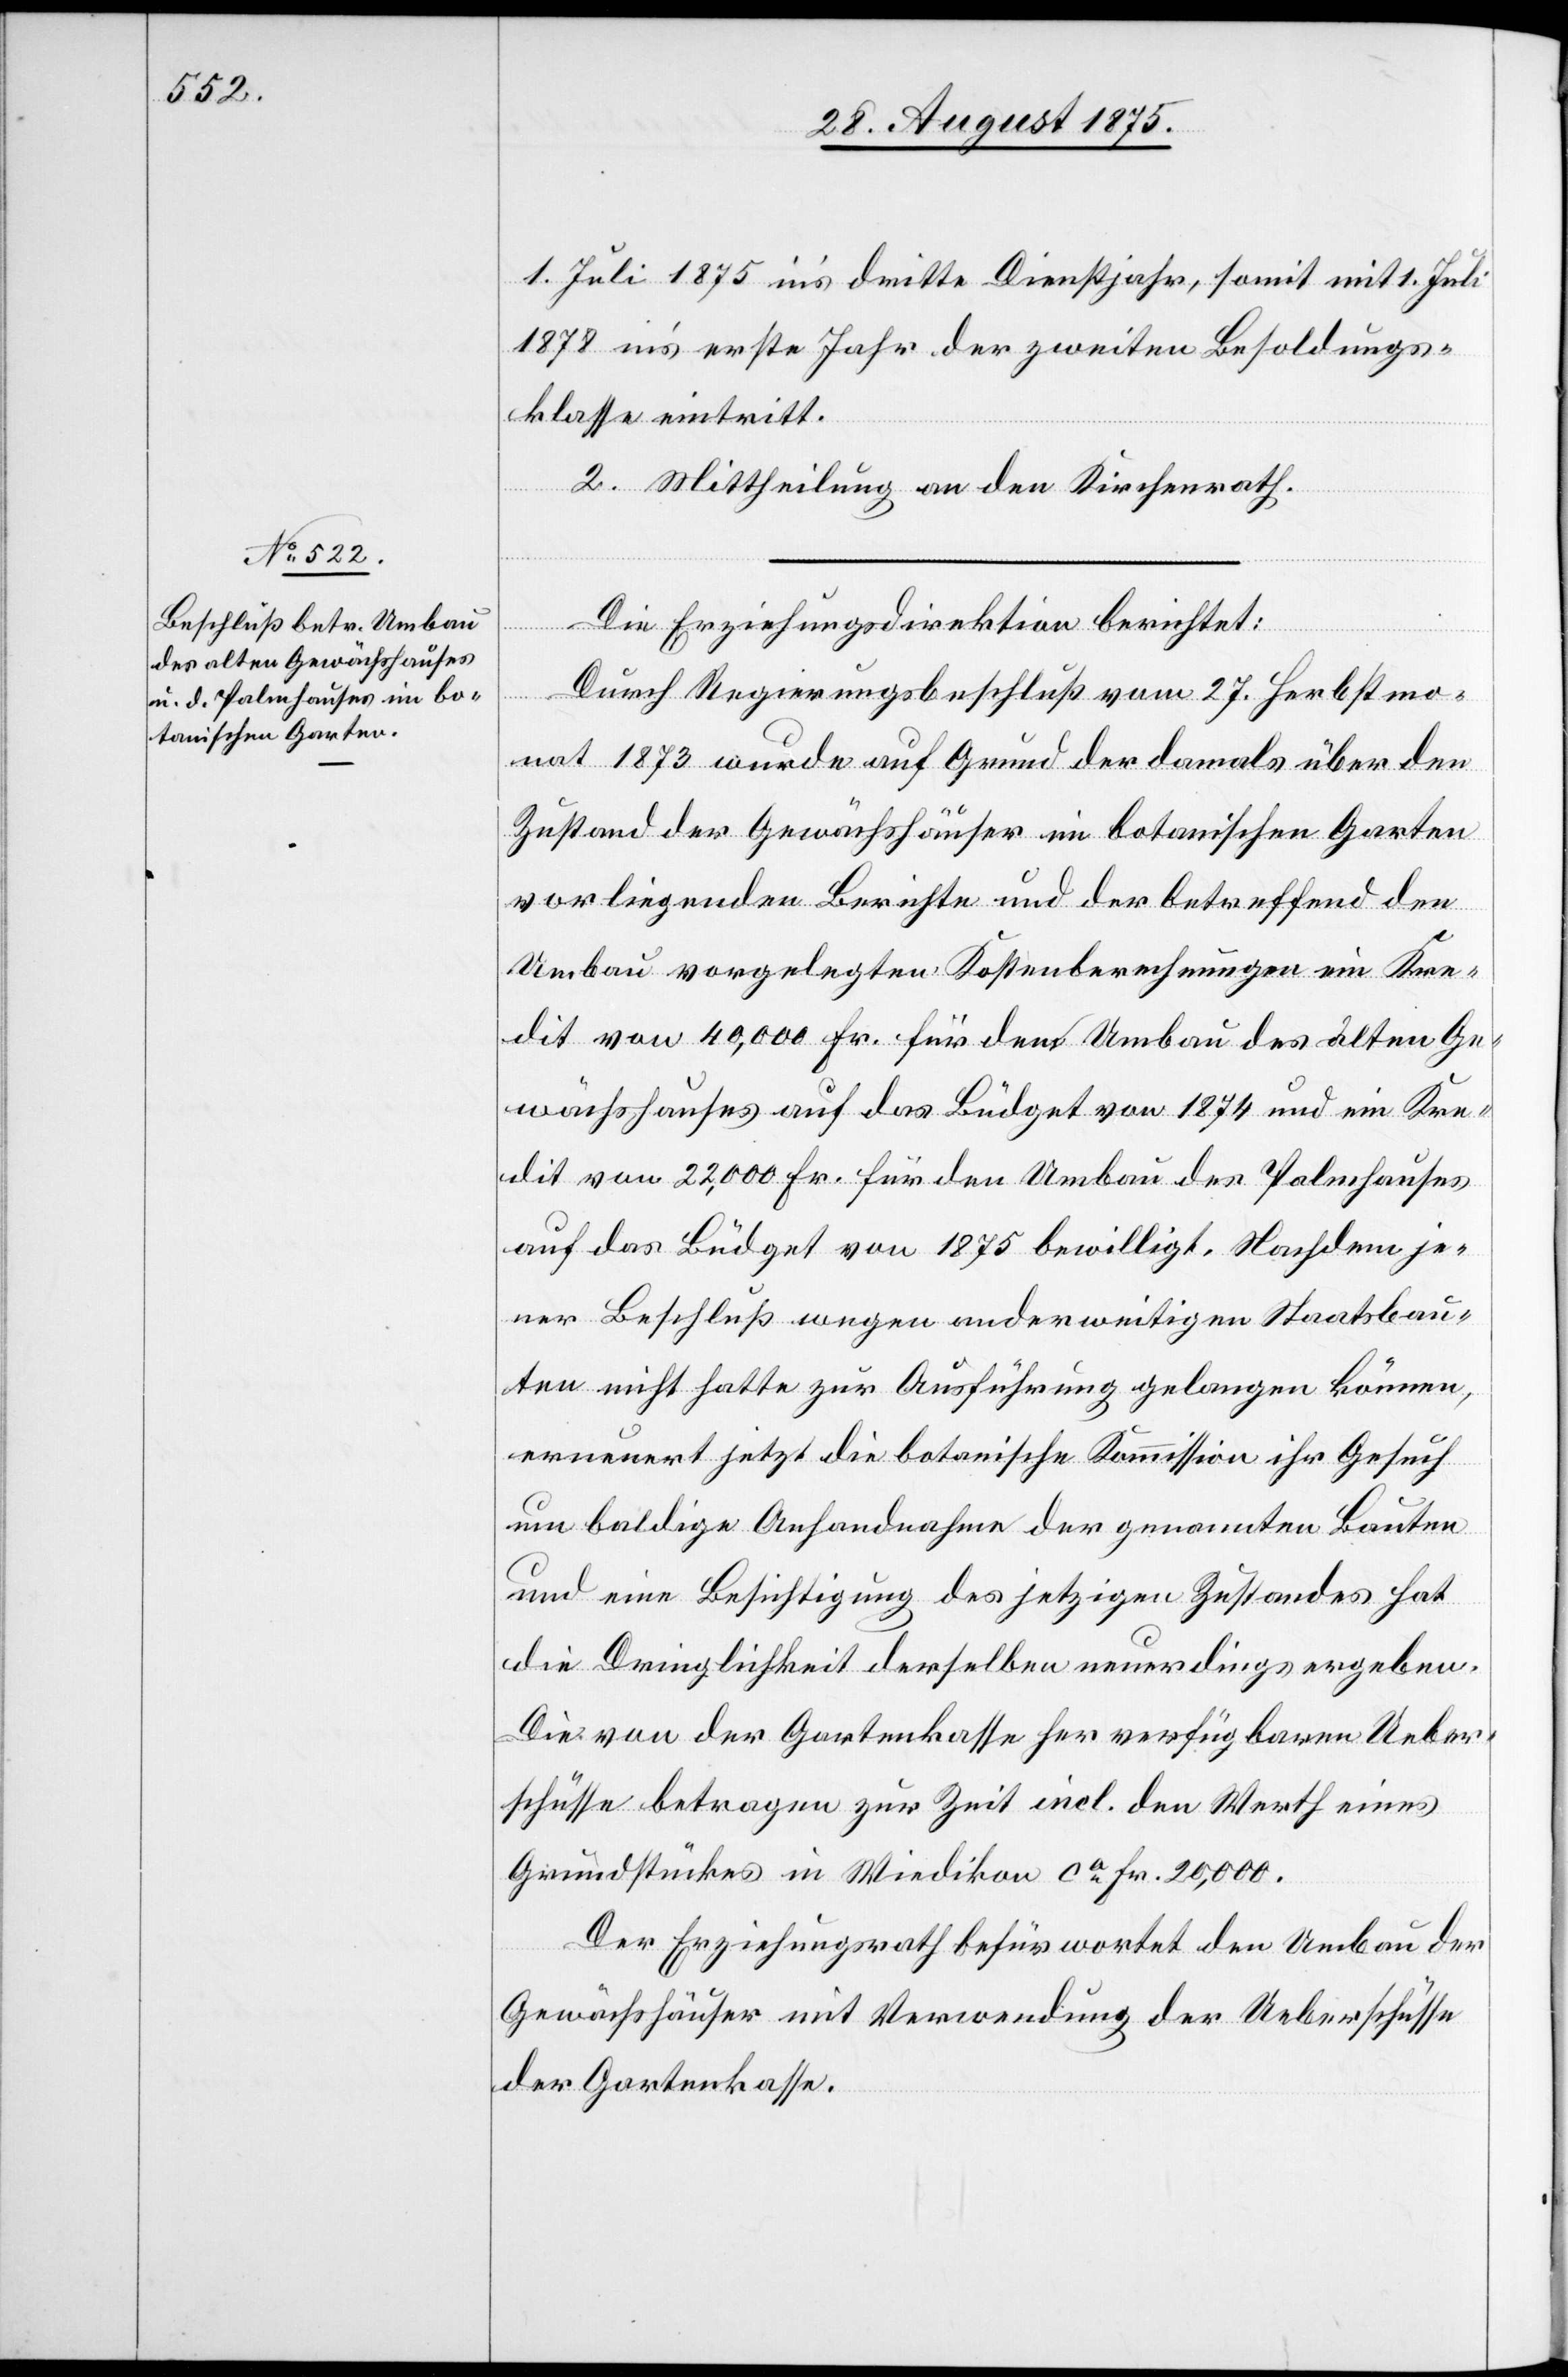
1. Juli 1875 in’s dritte Dienstjahr, somit mit 1. Juli
1878 in’s erste Jahr der zweiten Besoldungs¬
klasse eintritt.
2. Mittheilung an den Kirchenrath.
Die Erziehungsdirektion berichtet:
Durch Regierungsbeschluß vom 27. Herbstmo¬
nat 1873 wurde auf Grund der damals über den
Zustand der Gewächshäuser im botanischen Garten
vorliegenden Bericht und der betreffend den
Umbau vorgelegten Kostenberechnungen im Kre¬
dit von 40,000 Fr. für den Umbau des alten Ge¬
wächshauses auf das Büdget von 1874 und dein Kre¬
dit von 22,000 Fr. für den Umbau des Palmhauses
auf das Büdget von 1875 bewilligt. Nachdem je¬
ner Beschluß wegen anderweitigen Staatsbau¬
ten nicht hatte zur Ausführung gelangen können,
erneuert jetzt die botanische Kommission ihr Gesuch
um baldige Anhandnahme der genannten Bauten
und eine Besichtigung des jetzigen Zustandes hat
die Dringlichkeit derselben neuerdings ergeben.
Die von der Gartenkasse her verfügbaren Ueber¬
schüsse betragen zur Zeit incl. den Werth eines
Grundstückes in Wiedikon ca Fr. 20,000.
Der Erziehungsrath befürwortet den Umbau der
Gewächshäuser mit Verwendung der Ueberschüsse
der Gartenkasse.